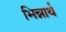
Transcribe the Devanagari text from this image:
भिन्नार्थ